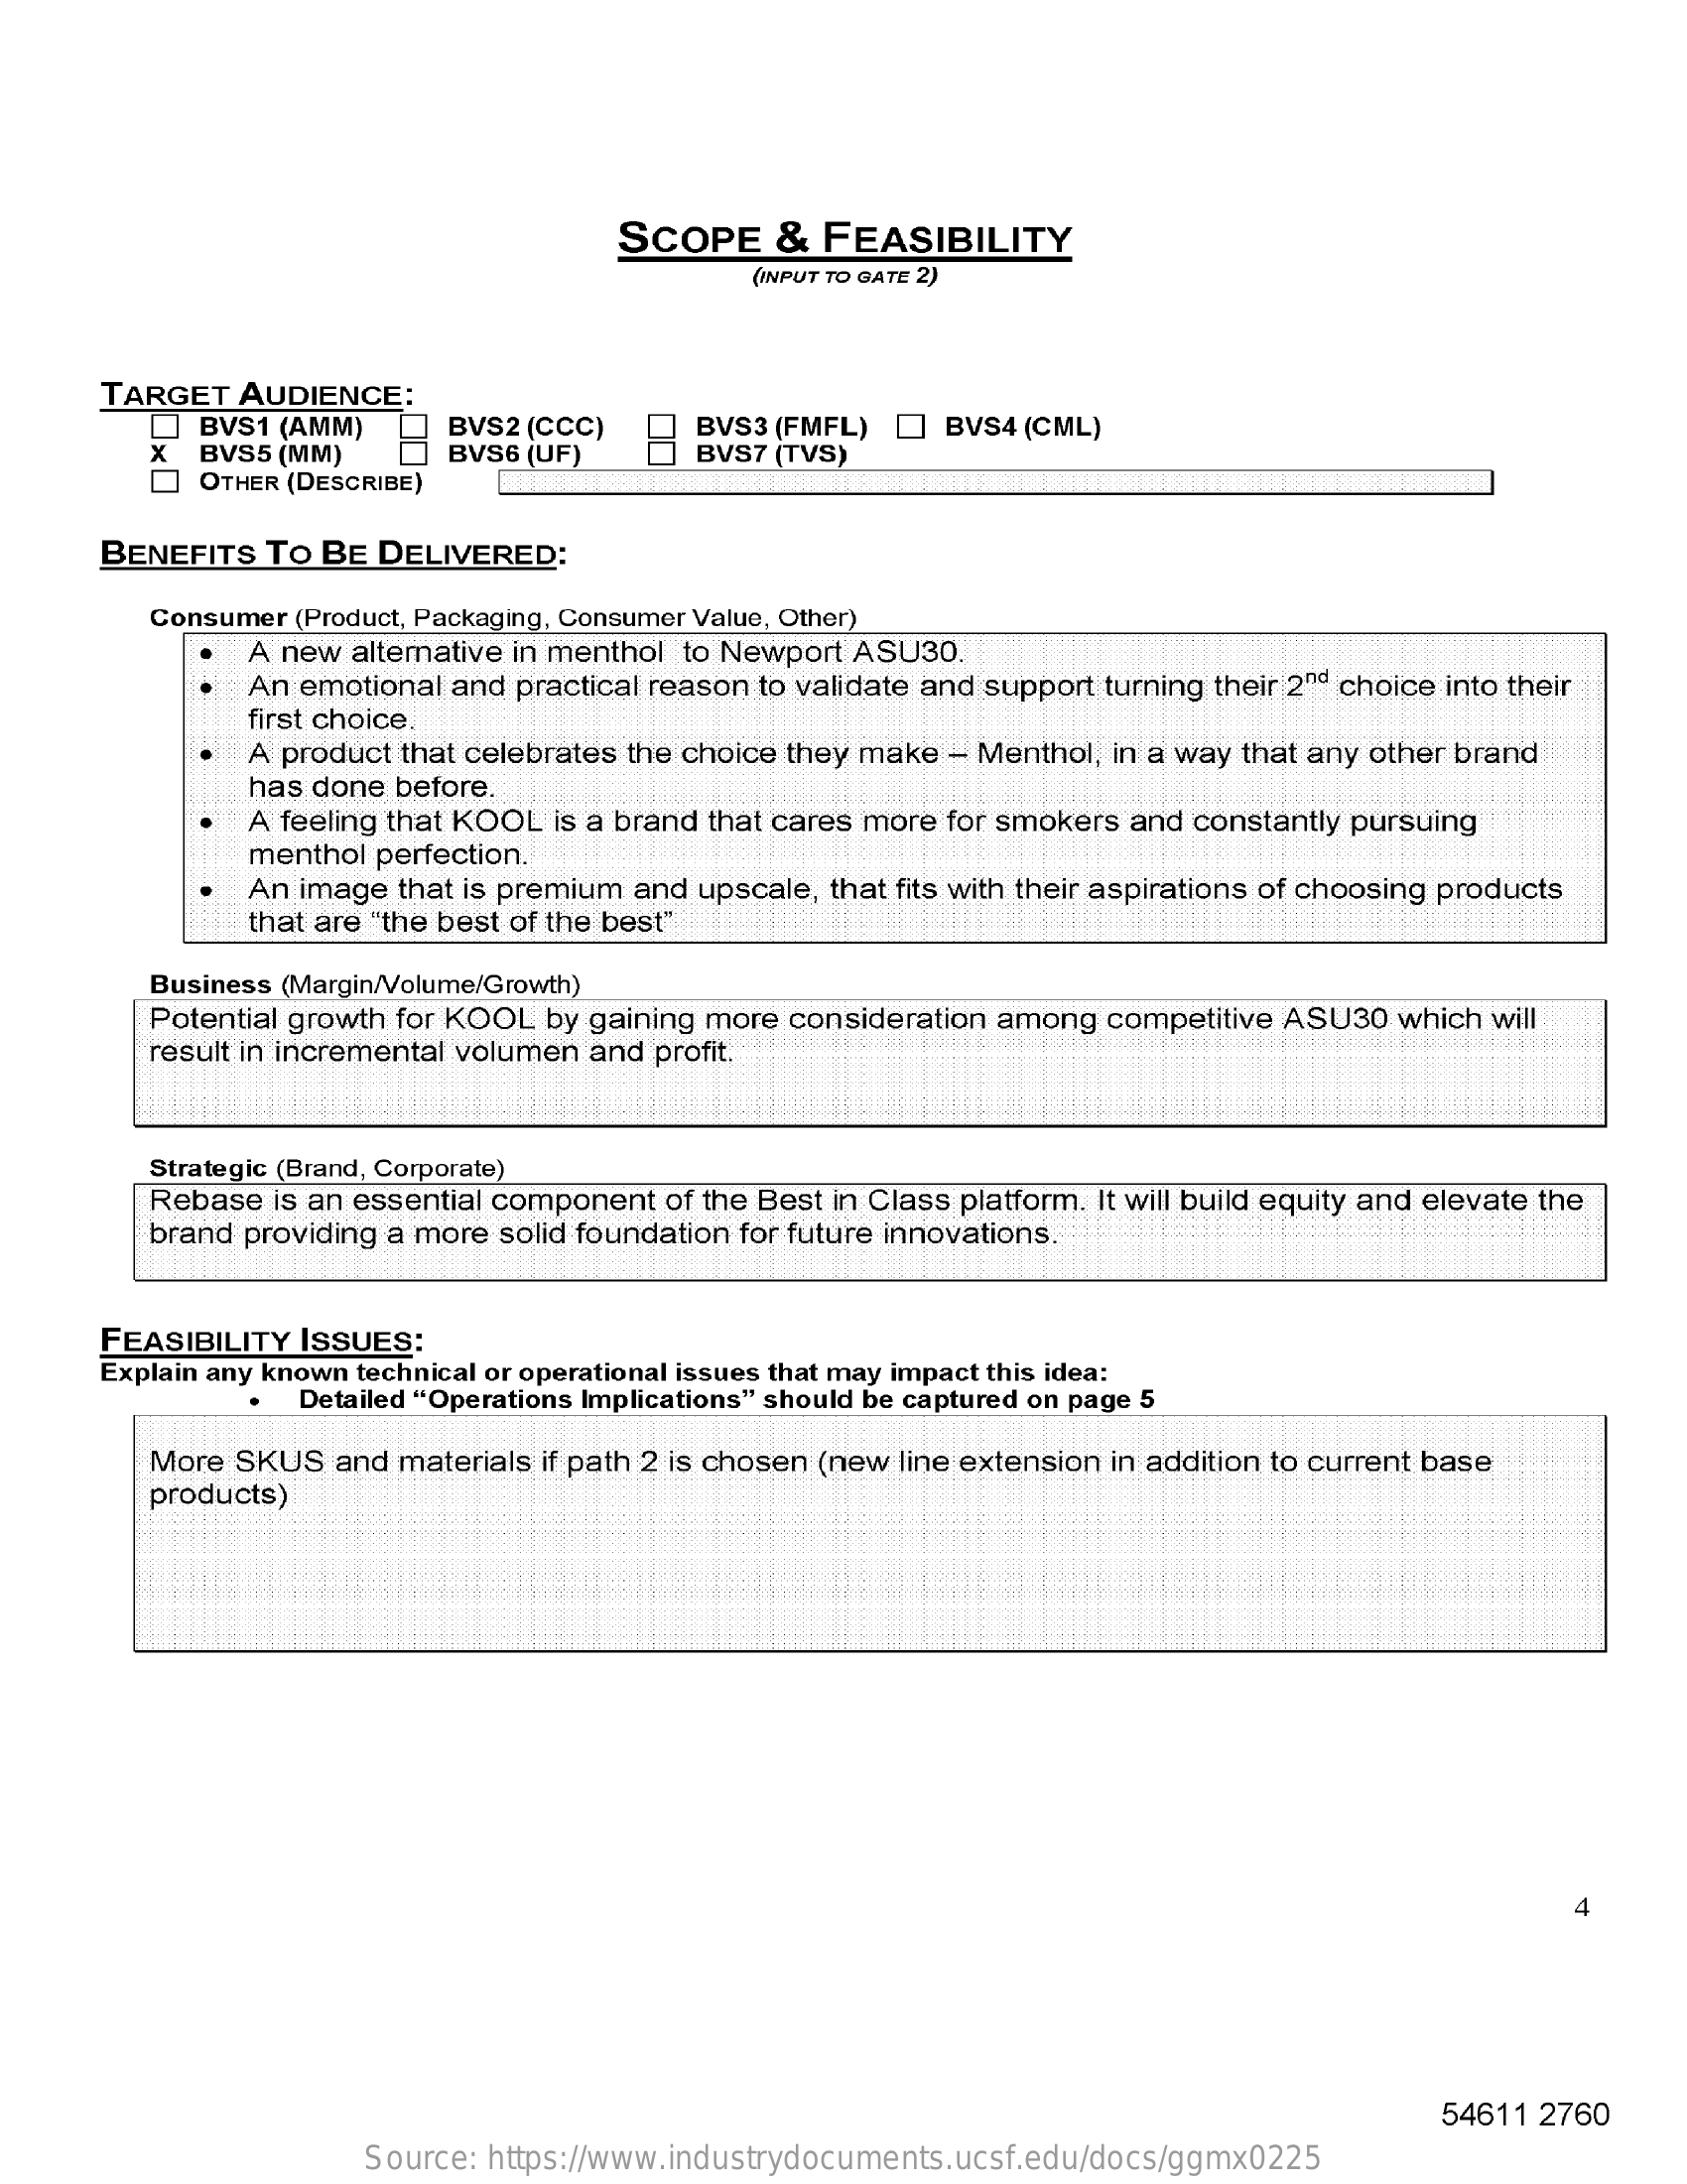
SCOPE    &  FEASIBILITY
     (INPUT TO GATE 2)
     TARGET  AUDIENCE:
     x
     BVS1 (AMM)    BVS2 (CCC)    BVS3 (FMFL) [] BVS4 (CML)
     BVS5 (MM)
     OTHER (DESCRIBE)
     BVS6 (UF)    BVS7 (TVS)
     BENEFITS  TO BE DELIVERED:
     Consumer (Product, Packaging, Consumer Value, Other)
     A new altemative in menthol to Newport ASU30.
     An emotional and practical reason to validate and support turning their 2"" choice into their
     first choice.
     A product that celebrates the choice they make - Menthol, in a way that any other brand
     has done before.
     A feeling that KOOL is a brand that cares more for smokers and constantly pursuing
     menthol perfection.
     An image that is premium and upscale, that fits with their aspirations of choosing products
     that are "the best of the best"
     Business (Margin/Volume/Growth)
     Potential growth for KOOL by gaining more consideration among competitive ASU30 which will
     result in incremental volumen and profit.
     Strategic (Brand, Corporate)
     Rebase is an essential component of the Best in Class platform. It will build equity and elevate the
     brand providing a more solid foundation for future innovations.
     FEASIBILITY ISSUES:
     Explain any known technical or operational issues that may impact this idea:
     Detailed "Operations Implications" should be captured on page 5
     More SKUS  and materials if path 2 is chosen (new line extension in addition to current base
     products)
     4
     54611 2760
     Source: https://www.industrydocuments.ucsf.edu/docs/ggmx0225